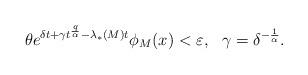
LaTeX: \begin{align*} \theta e^{\delta t + \gamma t^{\frac{q}{\alpha}} - \lambda_*(M) t} \phi_M(x) < \varepsilon, \ \ \gamma = \delta^{-\frac{1}{\alpha}}.\end{align*}